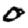
Digit: 0